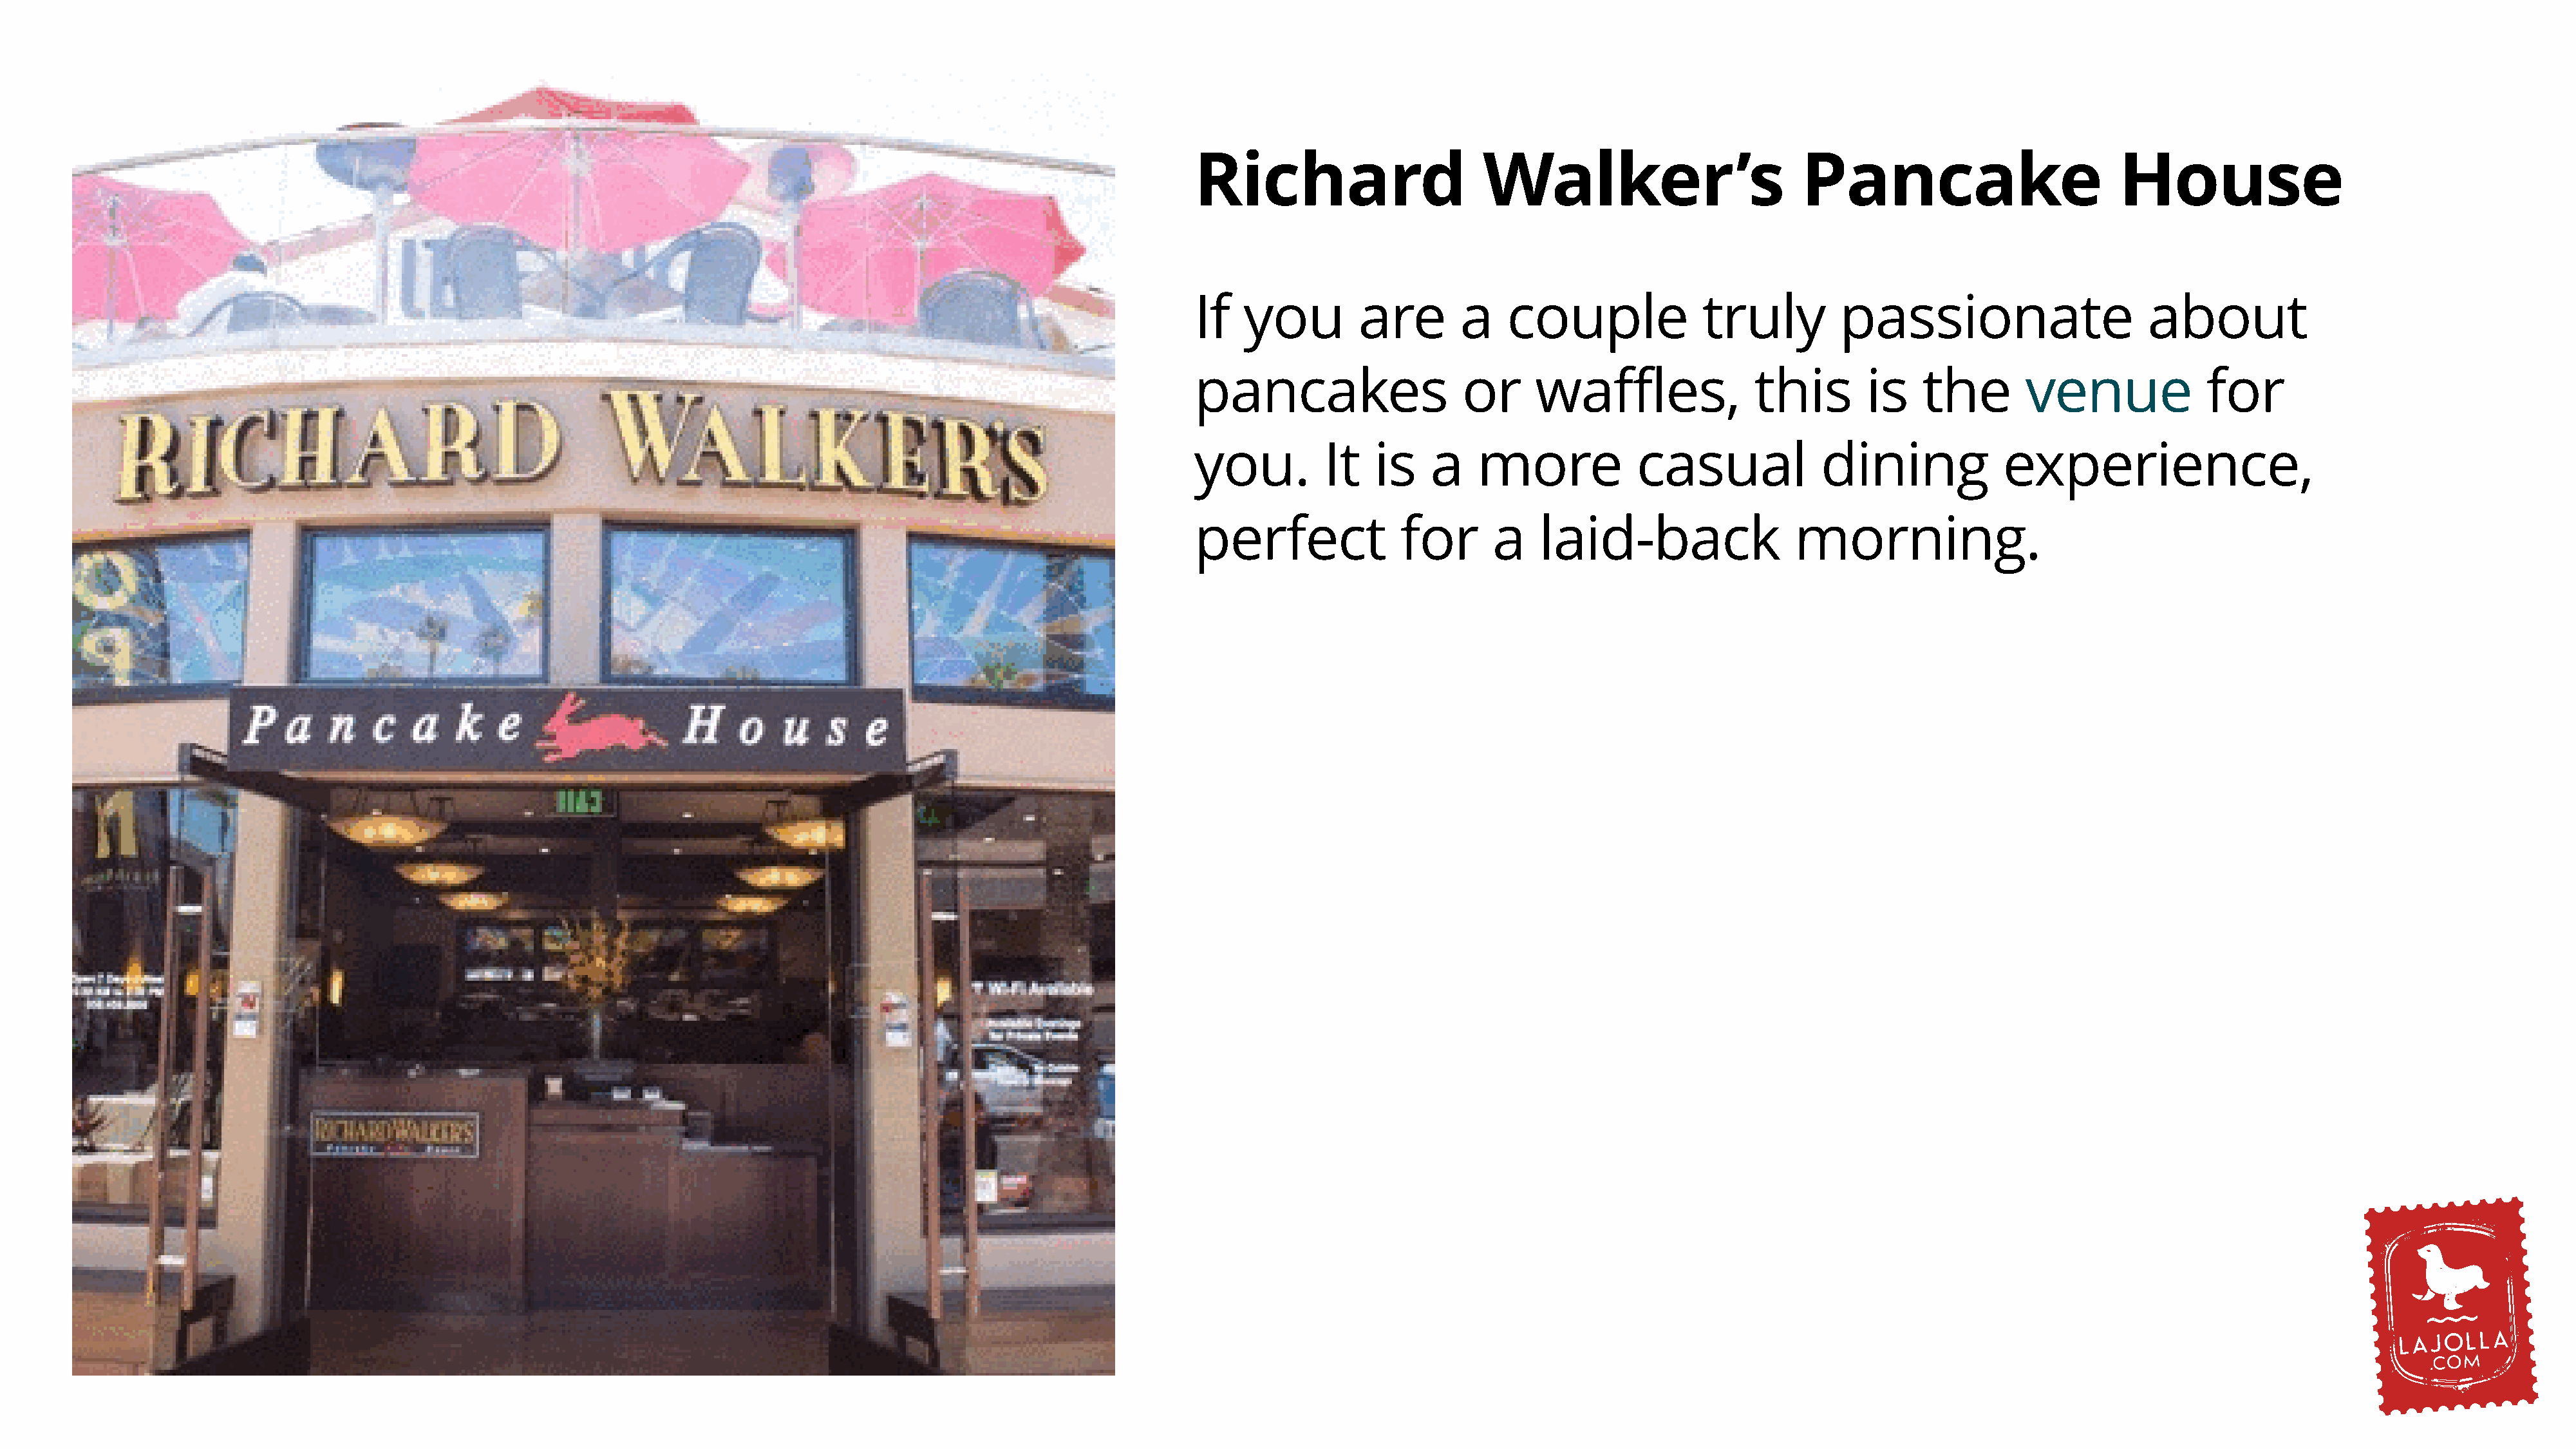
Richard                      Walker’s                         Pancake                          House
 If   you         are       a    couple              truly         passionate                      about
 pancakes                   or      waffles,              this        is    the       venue              for
 you.         It   is    a    more            casual             dining             experience,
 perfect              for      a    laid-back                 morning.